Sanitation, dispensaries and jails vaccination Rajputana 1922-1927 - 1922-1927
Year: 1922
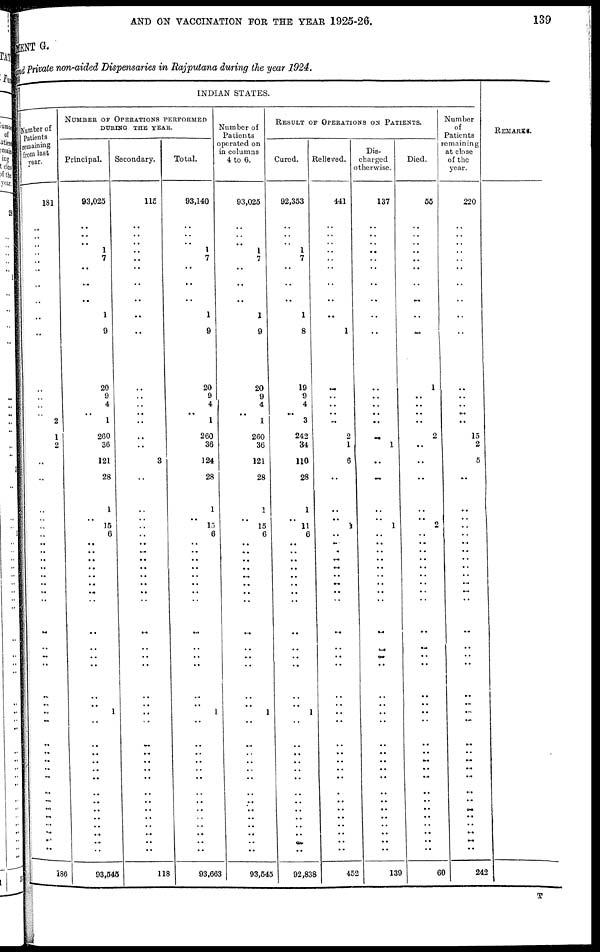
AND ON VACCINATION FOR THE YEAR 1925-26.
139
MENT G.
and Private non-aided Dispensaries in Rajputana during the year 1924.
INDIAN STATES.
Number of
Patients
remaining
from last
year.
181
..
..
..
..
..
..
..
..
..
..
..
..
..
..
2
1
2
..
..
..
.. ..
..
..
..
..
..
..
..
...
..
..
..
..
..
..
..
..
..
..
..
..
..
..
..
..
..
..
..
..
186
NUMBER OF OPERATIONS PERFORMED
DURING THE YEAR.
Principal.
93,025
..
..
..
1
7
..
..
..
1
9
20
9
4
..
1
260
36
121
28
1
.. 15
6
..
..
..
..
..
..
..
..
..
..
..
..
.,
1
..
..
..
..
..
..
..
..
..
..
..
...
..
93,545
Secondary.
115
..
..
..
..
..
..
..
..
..
..
..
..
..
..
..
..
..
3
..
..
..
..
..
..
..
..
..
..
..
..
..
..
..
..
..
..
..
..
..
..
..
..
..
..
..
..
..
..
..
..
118
Total.
93,140
..
..
..
1
7
..
..
..
1
9
20
9
4
..
1
260
36
124
28
1
.. 15
6
..
..
..
..
..
..
..
..
..
..
..
..
..
1
..
..
..
..
..
..
..
..
..
..
..
..
..
93,663
Number of
Patients
operated on
in columns
4 to 6.
93,025
..
..
..
1
7
..
..
..
1
9
20
9
4
..
1
260
36
121
28
1
.. 15
6
..
..
..
..
..
..
..
..
..
..
..
..
..
1
..
..
..
..
..
..
..
..
..
..
..
..
..
93,545
RESULT OF OPERATIONS ON PATIENTS.
Cured.
92,353
..
..
..
1
7
..
..
..
1
8
19
9
4
..
3
242
34
110
28
1
.. 11
6
..
..
..
..
..
..
..
..
..
..
..
..
..
1
..
..
..
..
..
..
..
..
..
..
..
..
..
92,838
Relieved.
441
..
..
.. ..
..
..
..
..
...
1
..
..
..
..
..
2
1
6
..
..
..
1
..
..
..
..
..
..
..
..
..
..
..
..
..
..
..
..
..
..
..
..
..
..
..
..
..
..
..
..
452
Dis-
charged
otherwise.
137
..
..
.. ..
..
..
..
..
..
..
..
..
..
..
..
..
1
..
..
..
.. 1
..
..
..
..
..
..
..
..
..
..
..
..
..
..
..
..
..
..
..
..
..
..
..
..
..
..
..
..
139
Died.
55
..
..
..
..
..
..
..
..
..
..
1
..
..
..
..
2
..
..
..
..
.. 2
..
..
..
..
..
..
..
..
..
..
..
..
..
..
..
..
..
..
..
..
..
..
..
..
..
..
..
..
60
Number
of
Patients
remaining
at close
of the
year.
220
..
..
..
..
..
..
..
..
..
..
..
..
..
..
..
15
2
5
..
..
..
..
..
..
..
..
..
..
..
..
..
..
..
..
..
..
..
..
..
..
..
..
..
..
..
..
..
..
..
..
242
REMARKS.
T